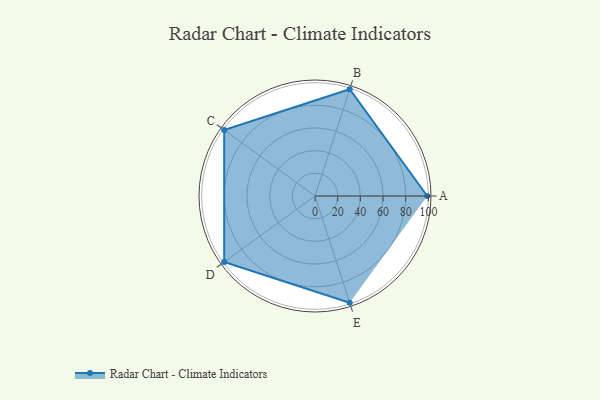
{"axis": {"x": "Skill", "y": "Score"}, "legend": ["Profile"], "data": [{"x": "A", "y": 99, "type": "Profile"}, {"x": "B", "y": 99, "type": "Profile"}, {"x": "C", "y": 99, "type": "Profile"}, {"x": "D", "y": 99, "type": "Profile"}, {"x": "E", "y": 99, "type": "Profile"}]}